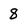
Character: 8